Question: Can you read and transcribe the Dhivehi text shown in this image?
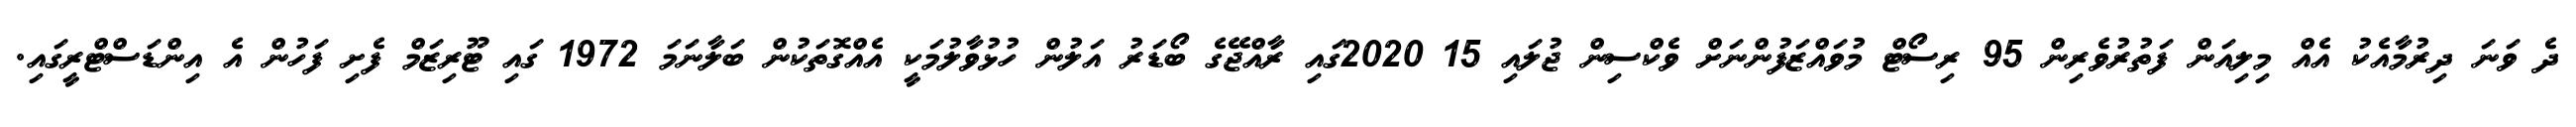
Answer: ދެ ވަނަ ދިރުމާއެކު އެއް މިލިއަން ފަތުރުވެރިން 95 ރިސޯޓް މުވައްޒަފުންނަށް ވެކްސިން ޖުލައި 15 2020ގައި ރާއްޖޭގެ ބޯޑަރު އަލުން ހުޅުވާލުމަކީ އެއްގޮތަކުން ބަލާނަމަ 1972 ގައި ޓޫރިޒަމް ފެށި ފަހުން އެ އިންޑަސްޓްރީގައި.